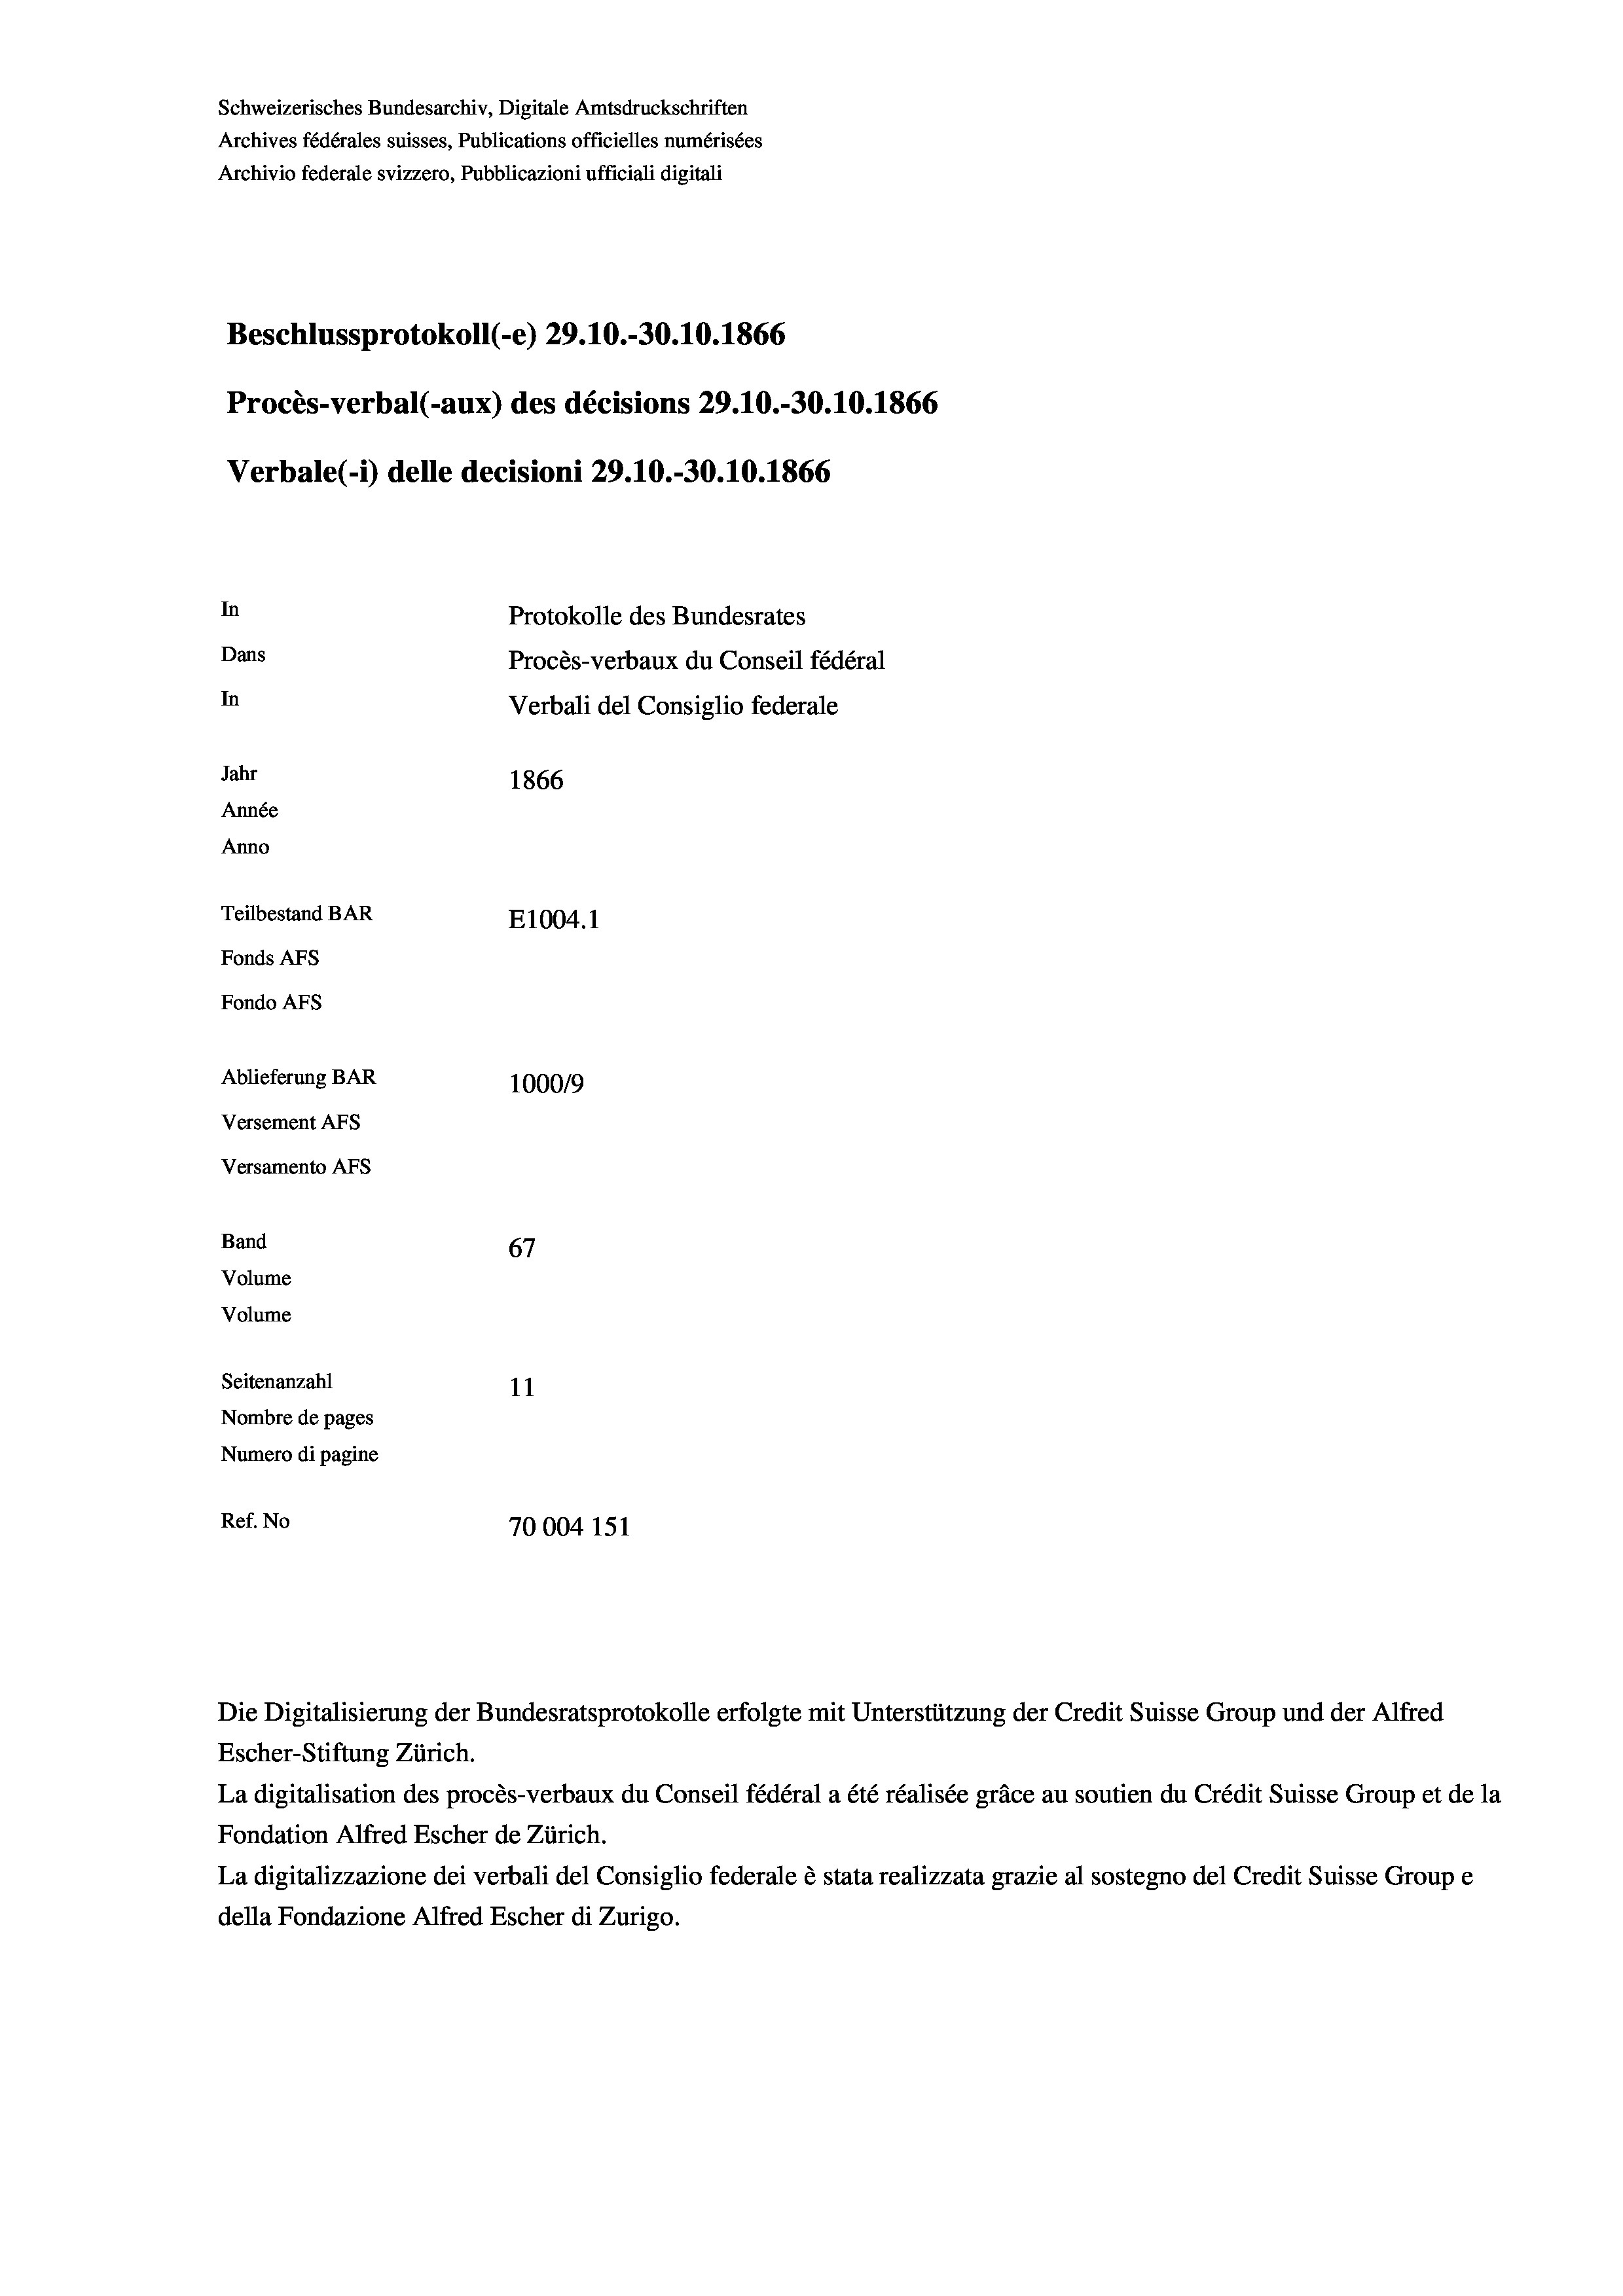
Schweizerisches Bundesarchiv, Digitale Amtsdruckschriften
Archives fédérales suisses, Publications officielles numérisées
Archivio federale svizzero, Pubblicazioni ufficiali digitali
Beschlussprotokoll (-e) 29.10.-30.10.1866
Procès-verbal (-aux) des décisions 29.10.-30.10.1866
Verbale(*) delle decisioni 29.10.-30.10.1866
In
Protokolle des Bundesrates
Dans
Procès-verbaux du Conseil fédéral
In
Verbali del Consiglio federale
Jahr
1866
Année
Anno
Teilbestand BAR
E1004.1
Fonds AFs
Fondo Afs
Ablieferung BAR
100019
Versement AFs

Versamento AFs
Band
Volume
Volume
Seitenanzahl

67
11
Nombre de pages
Numero di pagine
Ref. No
70004 151

Escher-Stiftung Zürich.
La digitalisation des procès-verbaux du Conseil fédéral a été réalisée gräce au soutien du Crédit Suisse Group et de la
Fondation Alfred Escher de Zürich.
La digitalizzazione dei verbali del Consiglio federale è stata realizzata grazie al sostegno del Credit Suisse Groupe
della Fondazione Alfred Escher di Zurigo.

Die Digitalisierung der Bundesratsprotokolle erfolgte mit Unterstützung der Credit Suisse Group und der Alfred